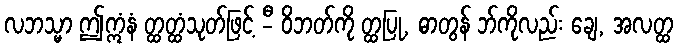
လဘသ္မာ ဤဣံနံ တ္ထတ္ထံသုတ်ဖြင့် -ီ ဝိဘတ်ကို တ္ထပြု, ဓာတွန် ဘ်ကိုလည်း ချေ, အလတ္ထ